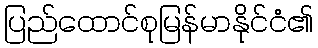
ပြည်ထောင်စုမြန်မာနိုင်ငံ၏